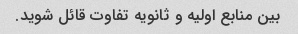
بین منابع اولیه و ثانویه تفاوت قائل شوید.